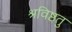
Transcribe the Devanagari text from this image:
श्रविष्ठतु